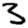
Digit: 3